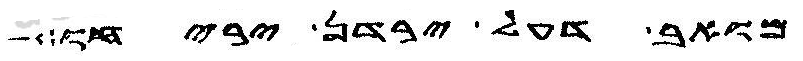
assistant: מואב דעל ירדן יריחו